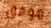
موفق